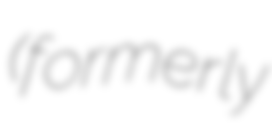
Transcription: (formerly